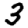
Digit: 3